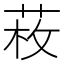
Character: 𦲲